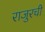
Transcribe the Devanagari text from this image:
राजुरची